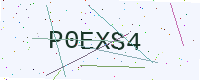
Text: P0EXS4